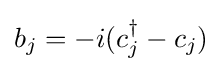
b_{j}=-i(c_{j}^{\dagger }-c_{j})